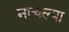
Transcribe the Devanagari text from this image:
नाचल्या